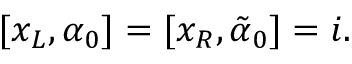
[ x _ { L } , \alpha _ { 0 } ] = [ x _ { R } , \tilde { \alpha } _ { 0 } ] = i .